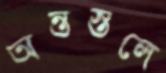
অন্তস্তলে